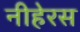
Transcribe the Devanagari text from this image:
नीहेरस